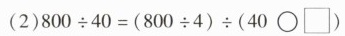
(2) 800 \div 40 = (800\div4)\div(40\bigcirc\square)